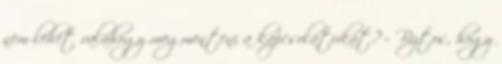
nem lehet valahogy megmenteni a kapcsolatukat? – Biztos, hogy